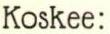
Koskee: